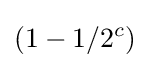
(1-1/2^{c})